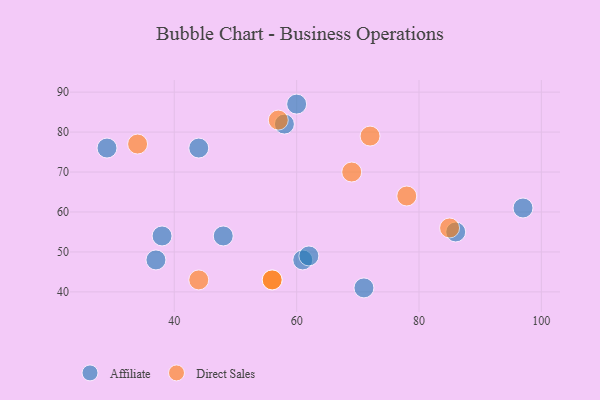
{"axis": {"x": "GDP", "y": "Life Expectancy"}, "legend": ["Affiliate", "Direct Sales"], "data": [{"x": "97", "y": 61, "type": "Affiliate"}, {"x": "37", "y": 48, "type": "Affiliate"}, {"x": "61", "y": 48, "type": "Affiliate"}, {"x": "44", "y": 76, "type": "Affiliate"}, {"x": "86", "y": 55, "type": "Affiliate"}, {"x": "58", "y": 82, "type": "Affiliate"}, {"x": "29", "y": 76, "type": "Affiliate"}, {"x": "62", "y": 49, "type": "Affiliate"}, {"x": "48", "y": 54, "type": "Affiliate"}, {"x": "71", "y": 41, "type": "Affiliate"}, {"x": "60", "y": 87, "type": "Affiliate"}, {"x": "38", "y": 54, "type": "Affiliate"}, {"x": "56", "y": 43, "type": "Direct Sales"}, {"x": "72", "y": 79, "type": "Direct Sales"}, {"x": "34", "y": 77, "type": "Direct Sales"}, {"x": "57", "y": 83, "type": "Direct Sales"}, {"x": "44", "y": 43, "type": "Direct Sales"}, {"x": "69", "y": 70, "type": "Direct Sales"}, {"x": "56", "y": 43, "type": "Direct Sales"}, {"x": "85", "y": 56, "type": "Direct Sales"}, {"x": "78", "y": 64, "type": "Direct Sales"}]}